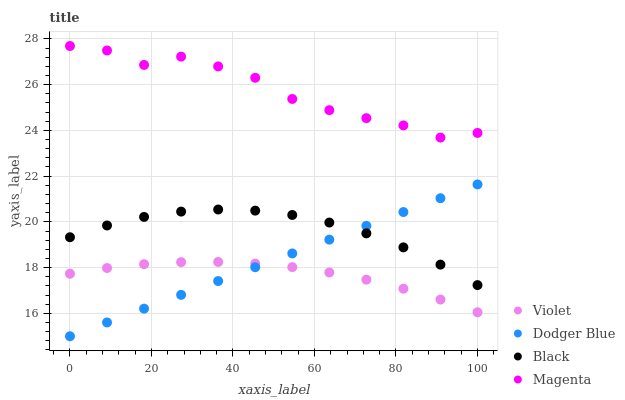
| xaxis_label | Violet | Dodger Blue | Black | Magenta |
 | --- | --- | --- | --- | --- |
 | 0 | 17.7 | 15 | 19.3 | 27.7 |
 | 9.09 | 18 | 15.6 | 19.8 | 27.5 |
 | 18.2 | 18.2 | 16.2 | 20.2 | 26.9 |
 | 27.3 | 18.2 | 16.8 | 20.4 | 27.2 |
 | 36.4 | 18.2 | 17.4 | 20.5 | 26.8 |
 | 45.5 | 18.2 | 18 | 20.5 | 26.3 |
 | 54.5 | 18 | 18.6 | 20.3 | 25.4 |
 | 63.6 | 17.8 | 19.2 | 20 | 24.9 |
 | 72.7 | 17.5 | 19.8 | 19.5 | 24.5 |
 | 81.8 | 17.1 | 20.4 | 18.9 | 24.2 |
 | 90.9 | 16.6 | 21 | 18.1 | 23.7 |
 | 100 | 16 | 21.6 | 17.2 | 23.9 |